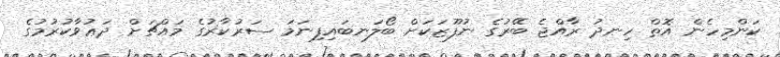
ކަންމިހެން އޮތް ހިނދު ރާއްޖެ ބޭރުގެ ނުފޫޒަކަށް ބޯލަނބައިފިނަމަ ސަރުކާރުގެ މައްޗަށް ދަޢުވާކުރުމުގެ